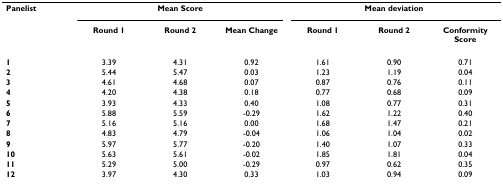
<table><thead><tr><td><b>Panelist</b></td><td colspan="3"><b>Mean Score</b></td><td colspan="3"><b>Mean deviation</b></td></tr><tr><td></td><td><b>Round 1</b></td><td><b>Round 2</b></td><td><b>Mean Change</b></td><td><b>Round 1</b></td><td><b>Round 2</b></td><td><b>Conformity Score</b></td></tr></thead><tbody><tr><td><b>1</b></td><td>3.39</td><td>4.31</td><td>0.92</td><td>1.61</td><td>0.90</td><td>0.71</td></tr><tr><td><b>2</b></td><td>5.44</td><td>5.47</td><td>0.03</td><td>1.23</td><td>1.19</td><td>0.04</td></tr><tr><td><b>3</b></td><td>4.61</td><td>4.68</td><td>0.07</td><td>0.87</td><td>0.76</td><td>0.11</td></tr><tr><td><b>4</b></td><td>4.20</td><td>4.38</td><td>0.18</td><td>0.77</td><td>0.68</td><td>0.09</td></tr><tr><td><b>5</b></td><td>3.93</td><td>4.33</td><td>0.40</td><td>1.08</td><td>0.77</td><td>0.31</td></tr><tr><td><b>6</b></td><td>5.88</td><td>5.59</td><td>-0.29</td><td>1.62</td><td>1.22</td><td>0.40</td></tr><tr><td><b>7</b></td><td>5.16</td><td>5.16</td><td>0.00</td><td>1.68</td><td>1.47</td><td>0.21</td></tr><tr><td><b>8</b></td><td>4.83</td><td>4.79</td><td>-0.04</td><td>1.06</td><td>1.04</td><td>0.02</td></tr><tr><td><b>9</b></td><td>5.97</td><td>5.77</td><td>-0.20</td><td>1.40</td><td>1.07</td><td>0.33</td></tr><tr><td><b>10</b></td><td>5.63</td><td>5.61</td><td>-0.02</td><td>1.85</td><td>1.81</td><td>0.04</td></tr><tr><td><b>11</b></td><td>5.29</td><td>5.00</td><td>-0.29</td><td>0.97</td><td>0.62</td><td>0.35</td></tr><tr><td><b>12</b></td><td>3.97</td><td>4.30</td><td>0.33</td><td>1.03</td><td>0.94</td><td>0.09</td></tr></tbody></table>